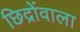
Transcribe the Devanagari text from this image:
छिद्रोंवाला